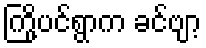
ကြို့ပင်ရွာက ခင်ဗျာ့